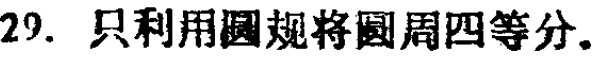
29. 只利用圆规将圆周四等分。